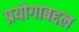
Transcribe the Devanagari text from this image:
प्रयोगाबद्दल